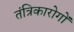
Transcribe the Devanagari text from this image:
तंत्रिकारोगों